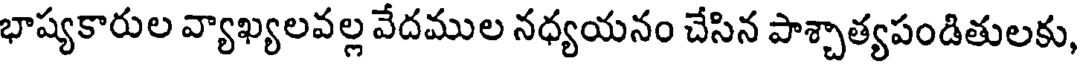
భాష్యకారుల వ్యాఖ్యలవల్ల వేదముల నధ్యయనం చేసిన పాశ్చాత్యపండితులకు,